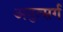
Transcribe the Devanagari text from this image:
अनुत्सर्ग